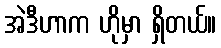
အဲဒီဟာက ဟိုမှာ ရှိတယ်။